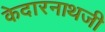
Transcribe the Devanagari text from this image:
केदारनाथजी